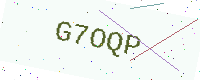
Text: G7OQP